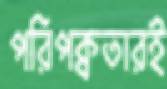
পরিপক্বতারই